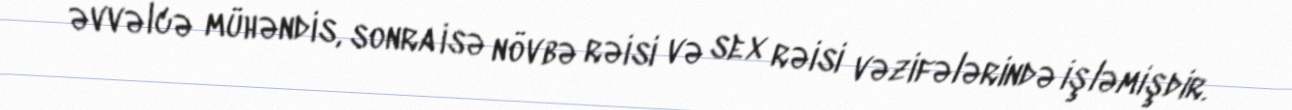
əvvəlcə mühəndis, sonra isə növbə rəisi və sex rəisi vəzifələrində işləmişdir.